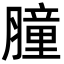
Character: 膧